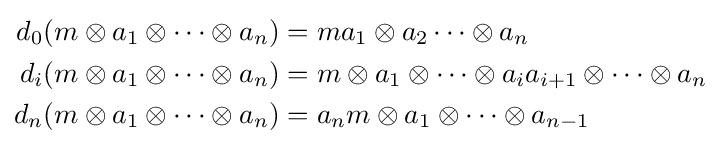
{\begin{aligned}d_{0}(m\otimes a_{1}\otimes \cdots \otimes a_{n})&=ma_{1}\otimes a_{2}\cdots \otimes a_{n}\\d_{i}(m\otimes a_{1}\otimes \cdots \otimes a_{n})&=m\otimes a_{1}\otimes \cdots \otimes a_{i}a_{i+1}\otimes \cdots \otimes a_{n}\\d_{n}(m\otimes a_{1}\otimes \cdots \otimes a_{n})&=a_{n}m\otimes a_{1}\otimes \cdots \otimes a_{n-1}\end{aligned}}